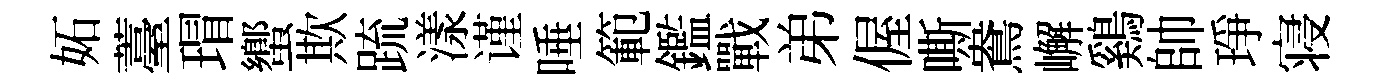
妬薹瑁蠁欺䟽漾谨唾範鑑戰弟偓嘶鴦嶰鷄帥琤寝